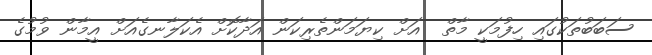
ސަބަބުތަކުގައި ހިފުމަކީ މާތް  އަށް ކިޔަމަންތެރިކަން އަދާކޮށް އެކަލާނގެއަށް އީމާން ވުމުގެ